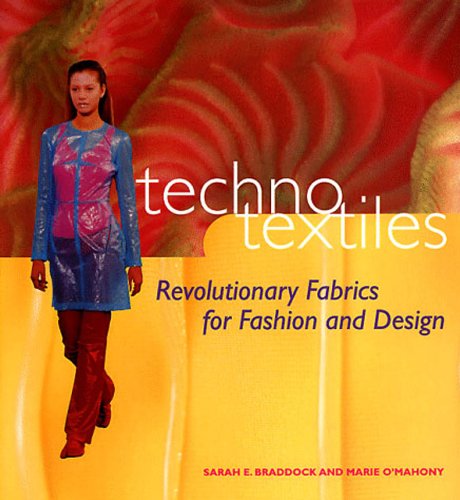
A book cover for Techno Textiles: Revolutionary Fabrics for Fashion and Design; Sarah E. Braddock; Crafts, Hobbies & Home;